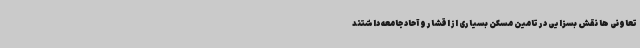
تعاونی ها نقش بسزایی در تامین مسکن بسیاری از اقشار و آحاد جامعه داشتند